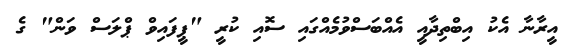
އީރާނާ އެކު އިބްތިދާއީ އެއްބަސްވުމެއްގައި ސޮއި ކުރީ "ޕީފައިވް ޕްލަސް ވަން" ގެ